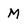
Character: M